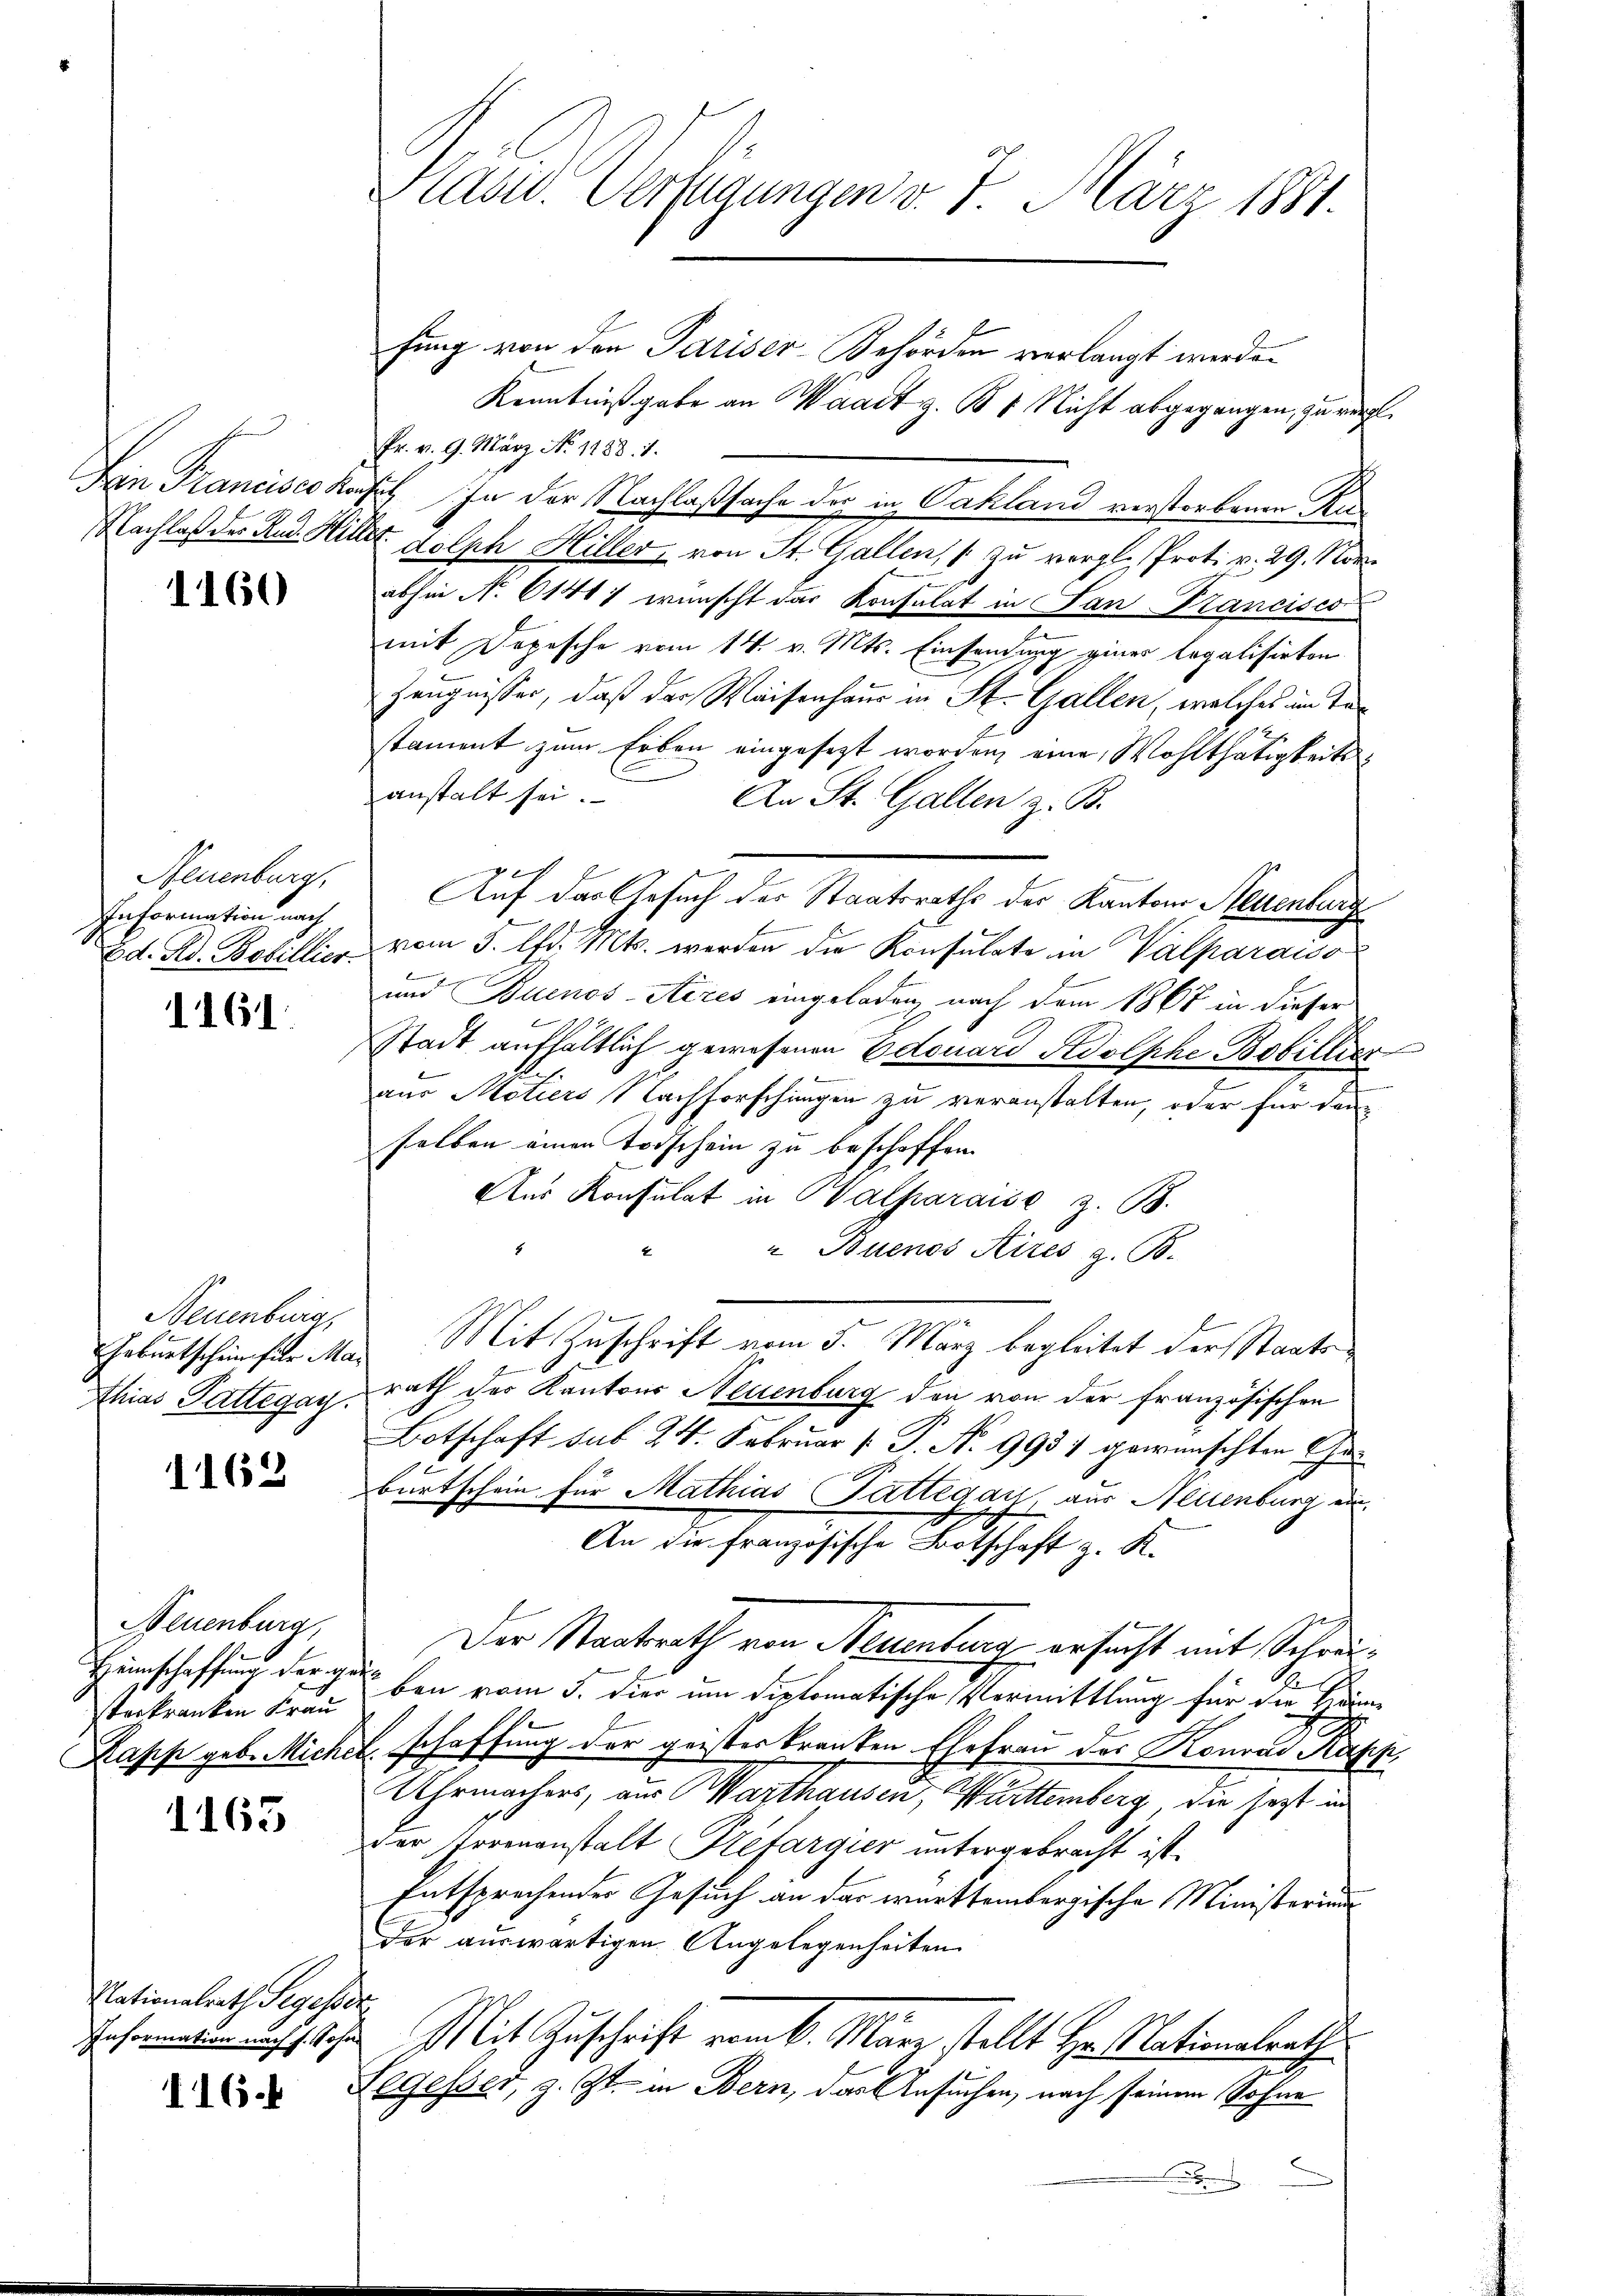
Hen Francisco den
Nachlaß der Rud. Hiller

1160

Neuenburg,
Information nach
Ed. Ad. Bebillier

1161.

Neuenburg,
Ahias Pattegag.

1162

Neuenburg,
terkranken Frau

1165

Nationalrath Segesser
Information nach f. Sohn

116.

Klasst. Verfügungen v. 7. März 1881.

fung von den Pariser-Behörden verlangt werden
Kenntnißgabe an Waadt z. B 4 Nicht abgegangen, zu vergl.
Fr. v. 9. März No. 1188. 1
 In der Nachlaßsache des in Cakland verstorbenen Rudolph Hiller, von St. Gallen, zu vergl. Prot. v. 29. Nov.
abhin No 61417 wünscht das Konsulat in San Francisco
mit Depesche vom 14. v. Mts. Einsendung einer legalisirten
Zeugnisser, daß der Waisenhaus in St. Gallen, welches im Tastament zum Erben eingesezt worden, eine Wohlthätigkeitsanstalt sei.
An St. Gallen z. B.
ge
Auf das Gesuch der Staatsraths der Kantons Neuenburg
F
vom 5. lfd. Mts. werden die Konsulate in Valparaiso
f
und Buenos-Ayres eingeladen nach dem 1867 in dieser
Stadt aufhältlich gewesenen Edouard Kdolphe Bobillier
aus Motiers Nachforschungen zu veranstalten, oder für dann
selben einen Todschein zu beschaffen.
Aus Konsulat in Walparaise z. B.
xx
" Buenos Aires z. B.
Geburtschein für das Mit Zuschrift vom 5. März begleitet der Staatsrath der Kantons Neuenburg den von der französischen
Botschaft sub 24. Februar (: P. No 993) gewünschten Eheburtschein für Mathias Pattegay, aus Neuenburg ein
An die französische Botschaft z. K.
Der Staatsrath von Neuenburg ersucht mit Schrei¬
Heimschaffung der gern den vom 5. die um diplomatische Vermittlung für die Hänn
Papp geb. Michel, schaffung der geister kranken Ehefrau des Konrad Kapp
Uhrmachers, aus Marthausen, Württemberg, die fast in
der Irrenanstalt Prefargier untergebracht ist.
Entsprechender Gesuch an das württembergische Ministerium
Der auswärtigen Angelegenheiten
Mit Zuschrift vom 6. März stellt Hr. Nationalrathe
Legesser, z. Zt. in Bern, das Ansuchen, nach seinem Sohne
.